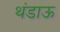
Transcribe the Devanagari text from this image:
थंडाऊ